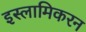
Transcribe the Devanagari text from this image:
इस्लामिकरन